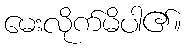
မေးလိုက်မိပါ၏။